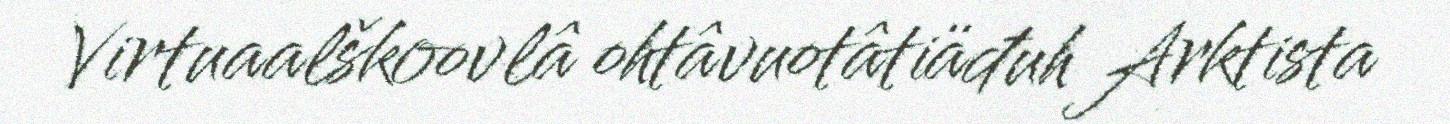
Virtuaalškoovlâ ohtâvuotâtiäđuh Arktista